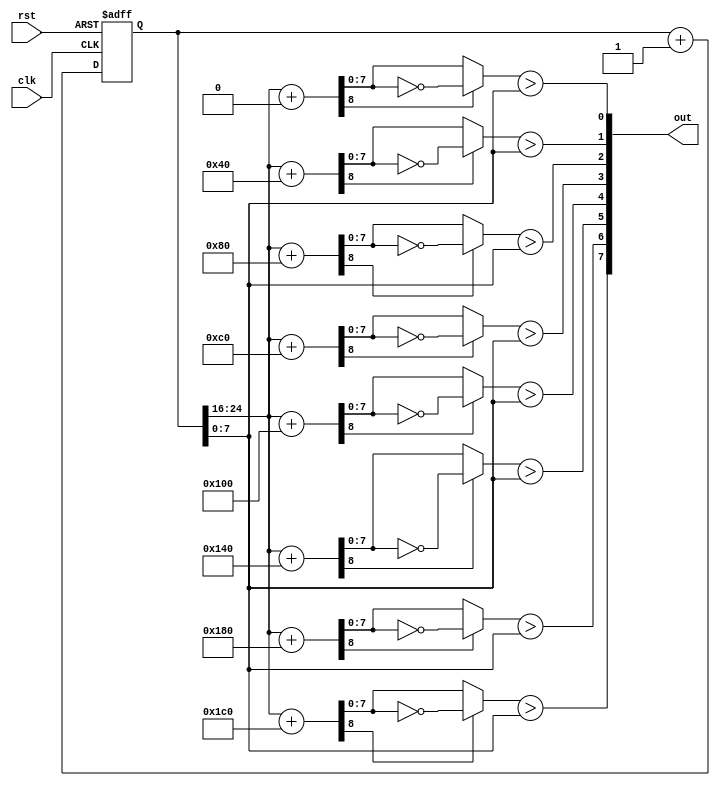
module wave #(
    parameter CTR_LEN = 25 // Counter length parameter, default is 25
)(
    input clk,          // Clock input
    input rst,          // Reset input
    output reg [7:0] out // 8-bit LED output
);

    // Counter register
    reg [CTR_LEN-1:0] ctr; // Main counter register

    // Intermediate signals
    reg [8:0] result; // Intermediate result register for calculations
    reg [7:0] acmp;   // Intermediate register for comparison

    integer i; // Loop index variable

    // Counter logic
    always @(posedge clk or posedge rst) begin
        if (rst) begin
            ctr <= 0; // Reset counter to 0
        end else begin
            ctr <= ctr + 1; // Increment counter by 1 on each clock cycle
        end
    end

    // LED wave pattern logic
    always @(*) begin
        for (i = 0; i < 8; i = i + 1) begin
            // Take the top bits of the counter and offset them differently for each output
            result = ctr[CTR_LEN-1 -: 9] + (i * 8'd64); 
            // Extract 9 bits starting from the CTR_LEN-1 position and add an offset (i * 64)

            // If the MSB is 1, invert the result to count down
            if (result[8]) // Check if the MSB of the result is 1
                acmp = ~result[7:0]; // If MSB is 1, invert the lower 8 bits of the result
            else
                acmp = result[7:0]; // If MSB is 0, take the lower 8 bits as they are

            // PWM output
            out[i] = (acmp > ctr[7:0]); // Compare the modified result with the lower 8 bits of the counter
        end
    end

endmodule